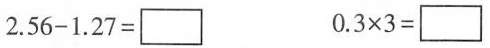
$$2 . 5 6 - 1 . 2 7 =\Box $$ $$0 . 3 \times 3 =\Box $$